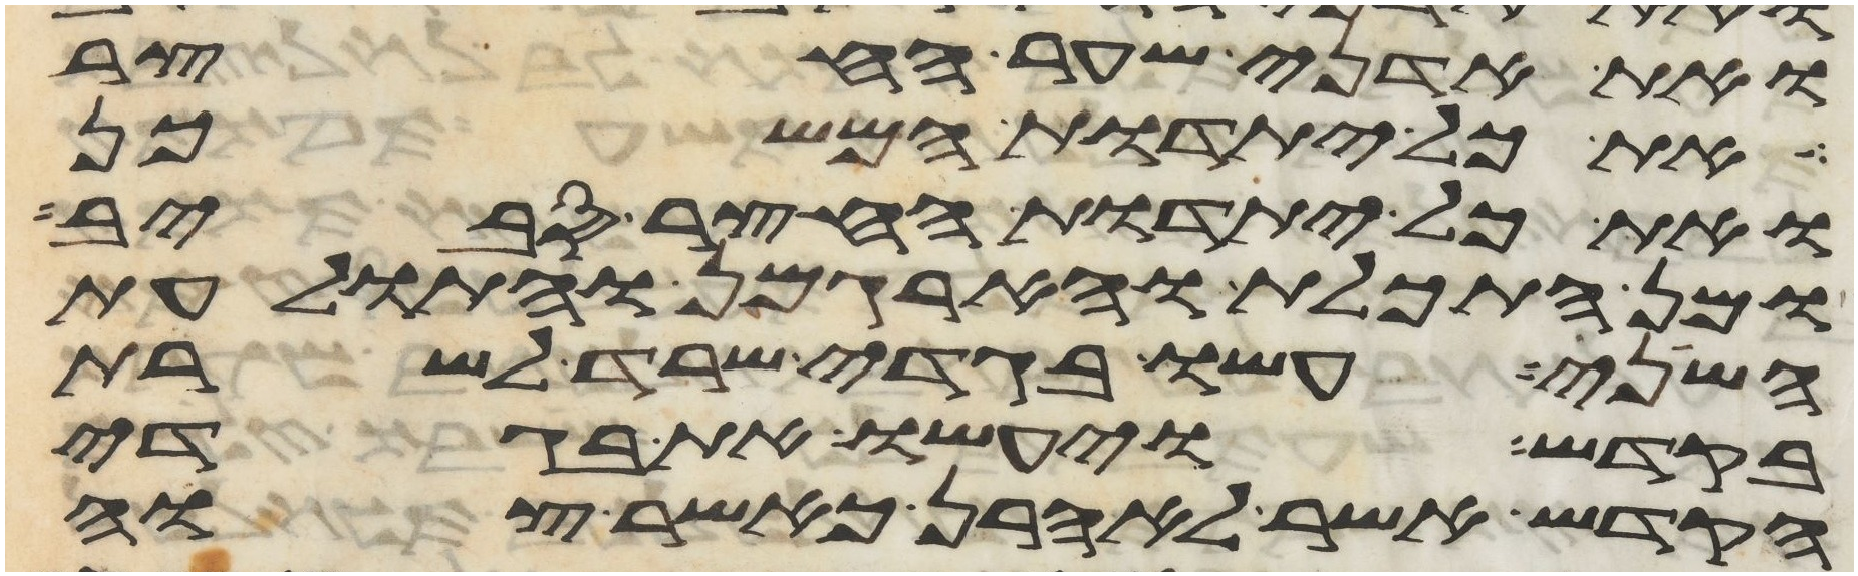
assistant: ואת אדני שער החצר
ואת כל יתדות המשכן
ואת כל יתדות החצר סביב
ומן התכלת והארגמן ותולעת
השני עשו בגדי שרד לשרת
בקדש ויעשו את בגדי
הקדש אשר לאהרן כאשר צוה